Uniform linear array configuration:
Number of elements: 8
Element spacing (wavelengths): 0.5
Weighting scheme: exponential
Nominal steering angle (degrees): -30
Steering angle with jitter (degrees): -28.527
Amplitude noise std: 0.05
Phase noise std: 0.05

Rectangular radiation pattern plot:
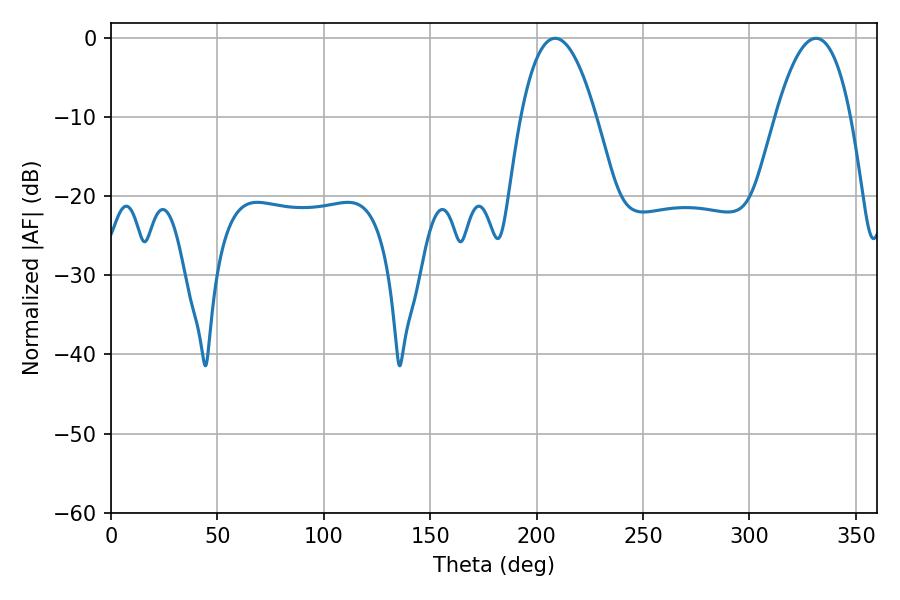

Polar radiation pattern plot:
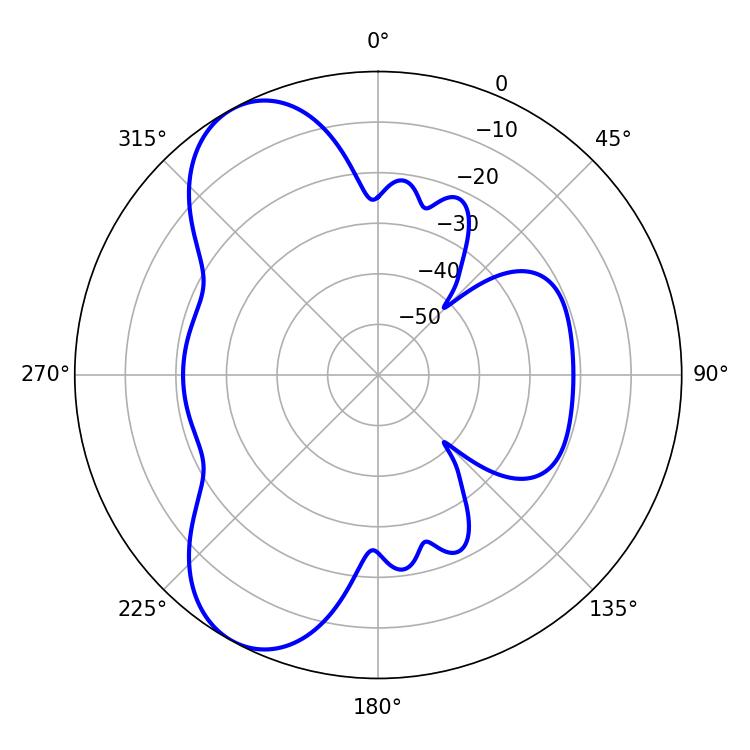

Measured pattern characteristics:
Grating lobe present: FALSE
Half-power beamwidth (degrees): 19.44
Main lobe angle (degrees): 208.62